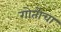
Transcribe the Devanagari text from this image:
गोतोचा